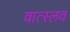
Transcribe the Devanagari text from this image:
वात्स्लव